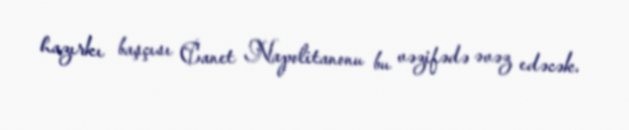
hazırkı başçısı Canet Napolitanonu bu vəzifədə əvəz edəcək.